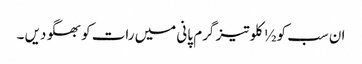
ان سب کو ½ کلو تیز گرم پانی میں رات کو بھگو دیں ۔